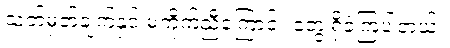
သတ်မှတ်ချက်နှင့် မကိုက်ညီကြောင်း တွေ့ရှိခဲ့ကြပါတယ်။